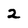
Character: 2